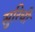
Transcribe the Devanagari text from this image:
सुरिची